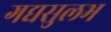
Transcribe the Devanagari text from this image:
गद्यसुलभ